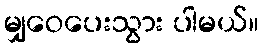
မျှဝေပေးသွား ပါမယ်။